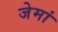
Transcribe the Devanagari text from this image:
जेमां